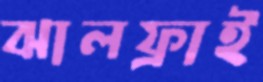
ঝালফ্রাই